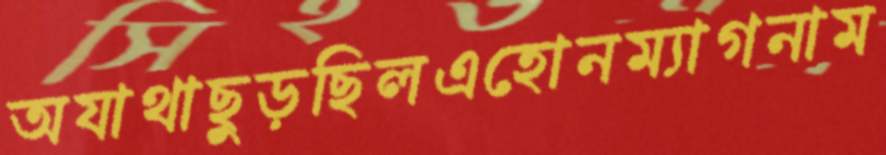
অযাথাছুড়ছিলএহোনম্যাগনাম